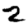
Digit: 2